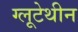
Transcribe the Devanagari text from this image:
ग्लूटेथीन